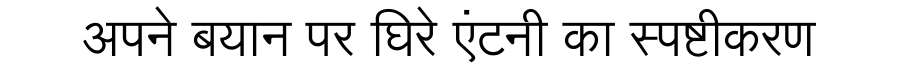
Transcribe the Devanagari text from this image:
अपने बयान पर घिरे एंटनी का स्पष्टीकरण